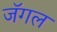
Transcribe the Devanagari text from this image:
जॅगल